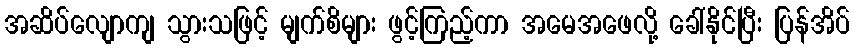
အဆိပ်လျောကျ သွားသဖြင့် မျက်စိများ ဖွင့်ကြည့်ကာ အမေအဖေလို့ ခေါ်နိုင်ပြီး ပြန်အိပ်